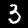
Digit: 3